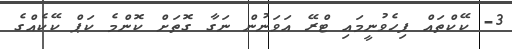
3- ކޭކްތައް ފިހެވުނީމައި ޓްރޭ އަވަނުން ނަގާ ގޮތަށް ކޮންމެ ކަޕް ކޭކެއްގެ